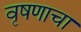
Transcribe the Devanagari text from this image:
वृषणाचा